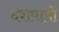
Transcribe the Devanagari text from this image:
दशपापों